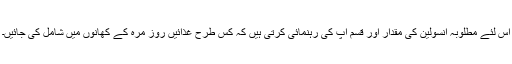
اس لئے مطلوبہ انسولین کی مقدار اور قسم آپ کی رہنمائی کرتی ہیں کہ کس طرح غذائیں روز مرہ کے کھانوں میں شامل کی جائیں۔